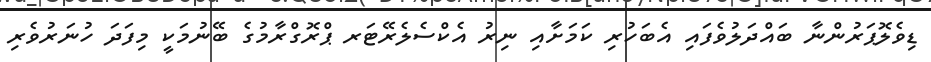
ޑިވެލޮޕަރުންނާ ބައްދަލުވެފައި އެބަހުރި ކަމަށާއި ނިރު އެކްސެލެރޭޓަރ ޕްރޮގްރާމުގެ ބޭނުމަކީ މިފަދަ ހުނަރުވެރި